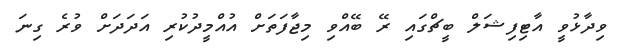
ވިދާޅުވީ އާޓިފިޝަލް ބީޗްގައި ރޭ ބޭއްވި މިޖާފަތަށް އުއްމީދުކުރި އަދަދަށް ވުރެ ގިނަ